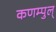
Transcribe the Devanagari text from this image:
कणम्पुल्